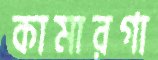
কামারগা